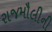
રાજમૌલીની